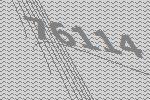
76114